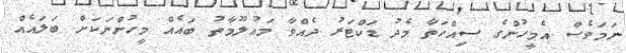
ނަމަވެސް އެމީހުންގެ ސިއްހަތާ މެދު ޑަކްޓަރު ދެއްވާ މަޢުލޫމާތު ބައެއް މީހުންނަކަށް ބަލައެއް